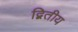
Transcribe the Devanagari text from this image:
द्बितीय